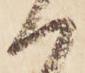
か